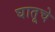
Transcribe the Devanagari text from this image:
घातूचे